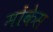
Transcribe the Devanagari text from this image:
मोंकेस